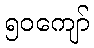
၅၀ကျော်